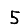
Digit: 5